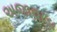
અજાવાડા